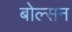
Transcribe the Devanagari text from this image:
बोल्सन